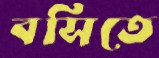
বসিতে